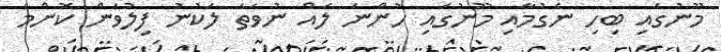
މޫނުގައި ބިހި ނެގުމާއި މޫނުގައި ހުންނަ ލައް ނުވަތަ ލަކުނު ފިލުވަން ކޮންމެ